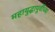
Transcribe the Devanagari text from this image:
महायुद्धापूर्वीच्या